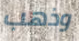
وذهب